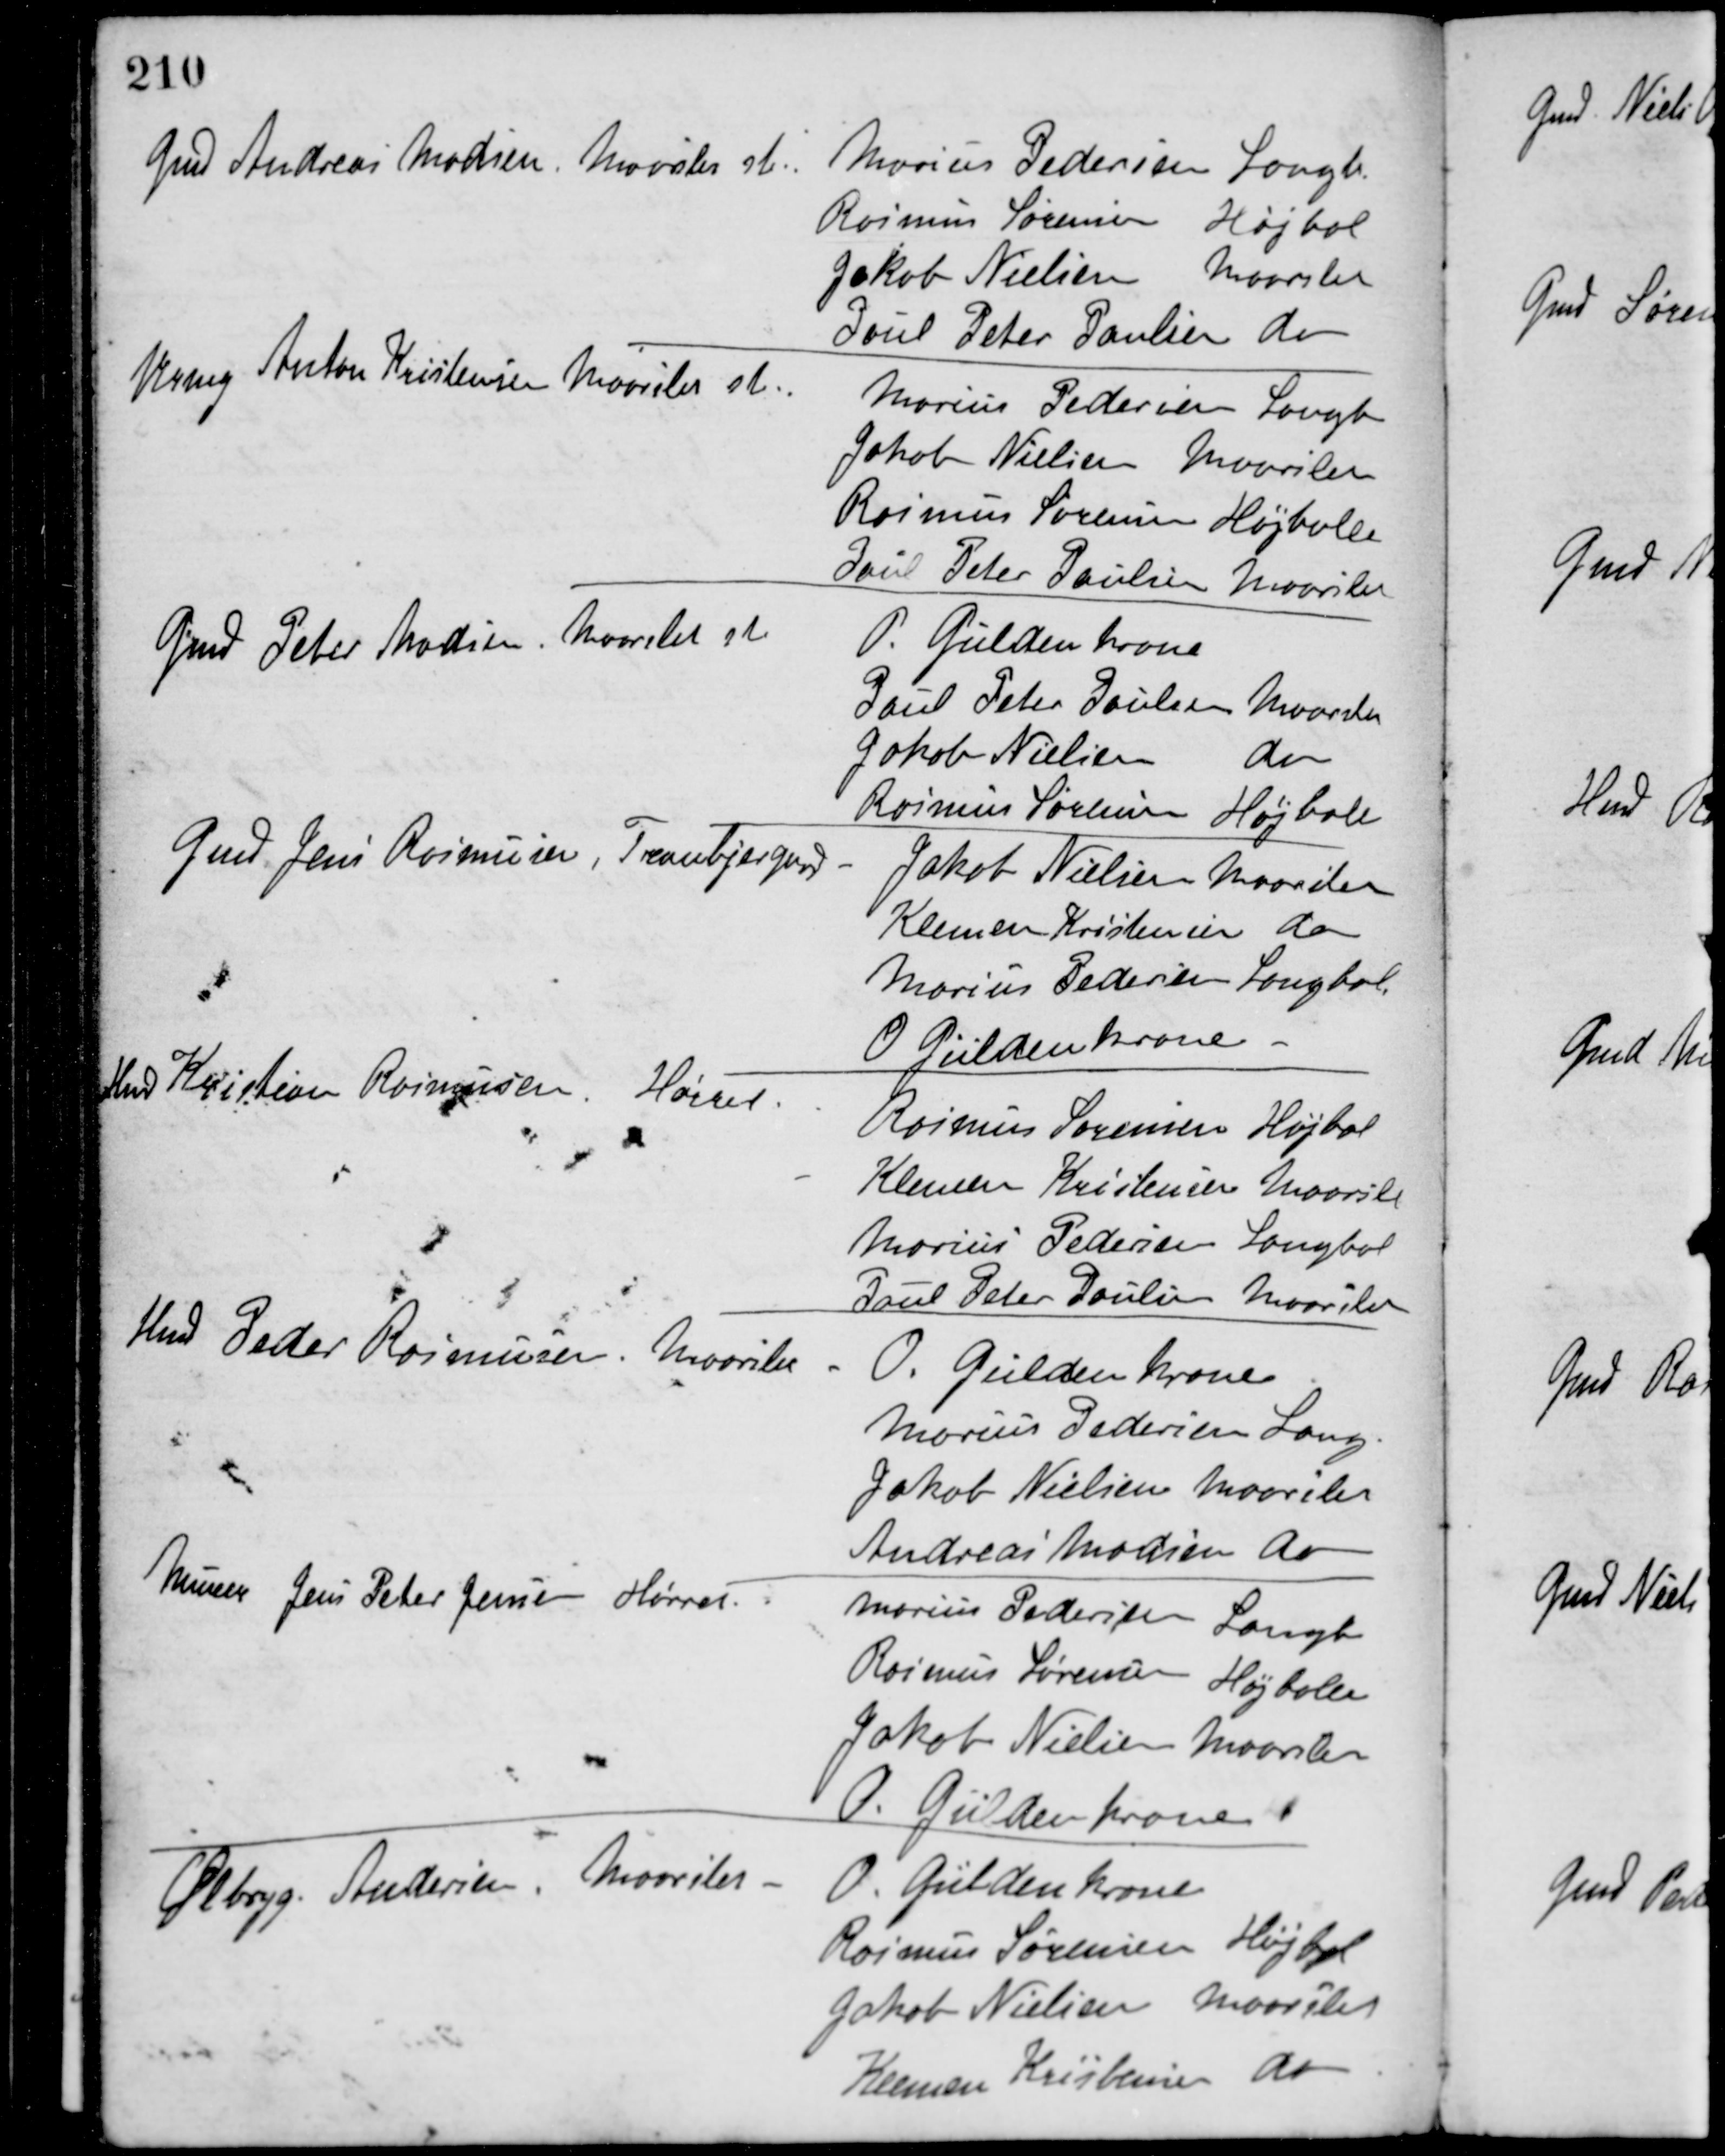
Transskription:
Gmd Andreas Madsen, Maarslet st.
Marius Pedersen Langb.
Rasmus Sørensen Højbal
Jakob Nielsen Maarslet
Poul Peter Poulsen do
Urmg Anton Kristensen Maarslet st.
Marius Pedersen Langb
Jakob Nielsen Maarslet
Rasmus Sørensen Højballe
Poul Peter Poulsen Maarslet
Gmd Peter Madsen, Maarslet st
O. Güldenkrone
Poul Peter Poulsen Maarslet
Jakob Nielsen do
Rasmus Sørensen Højbale
Gmd Jens Rasmussen, Tranbjergaard
Jakob Nielsen Maarslet
Klemen Kristensen do
Marius Pedersen Langbal.
O. Güldenkrone
Hmd Kristian Rasmussen, Hørret
Rasmus Sørensen Højbal
Klemen Kristensen Maarslet
Marius Pedersen Langbal
Poul Peter Poulsen Maarslet
Hmd Peder Rasmussen Maarslet -
O. Güldenkrone
Marius Pedersen Lang
Jakob Nielsen Maarslet
Andreas Madsen do
Murer Jens Peter Jensen Hørret
Marius Pedesen Langb
Rasmus Sørensen Højballe
Jakob Nielsen Maarslet
O. Güldenkrone
Ølbryg. Andersen Maarslet -
O. Güldenkrone
Rasmus Sørensen Højbal
Jakob Nielsen Maarslet
Klemen Kristenen do